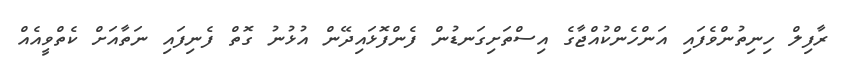
ރާފިލް ހިނިތުންވެފައި އަންހެންކުއްޖާގެ އިސްތަށިގަނޑުން ފެންފޮޅައިދޭން އުޅުނު ގޮތް ފެނިފައި ނަތާއަށް ކެތްވީއެއް